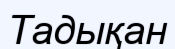
Тадықан